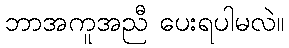
ဘာအကူအညီ ပေးရပါမလဲ။